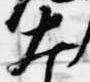
大